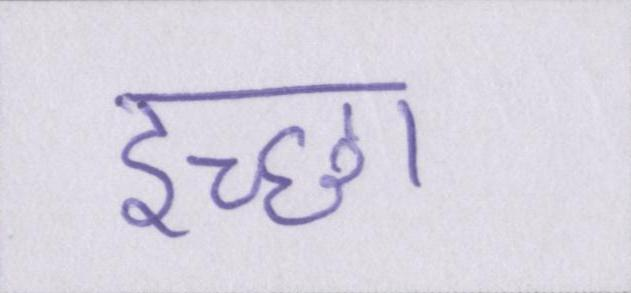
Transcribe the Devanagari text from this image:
इच्छा